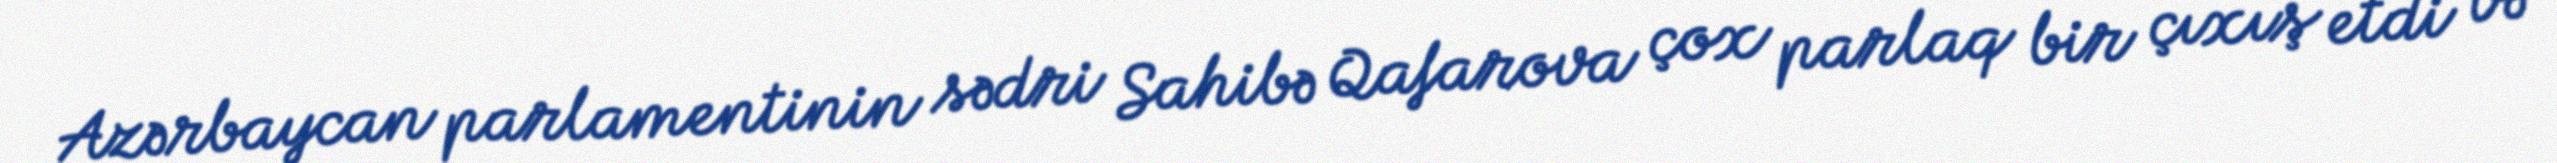
Azərbaycan parlamentinin sədri Sahibə Qafarova çox parlaq bir çıxış etdi və